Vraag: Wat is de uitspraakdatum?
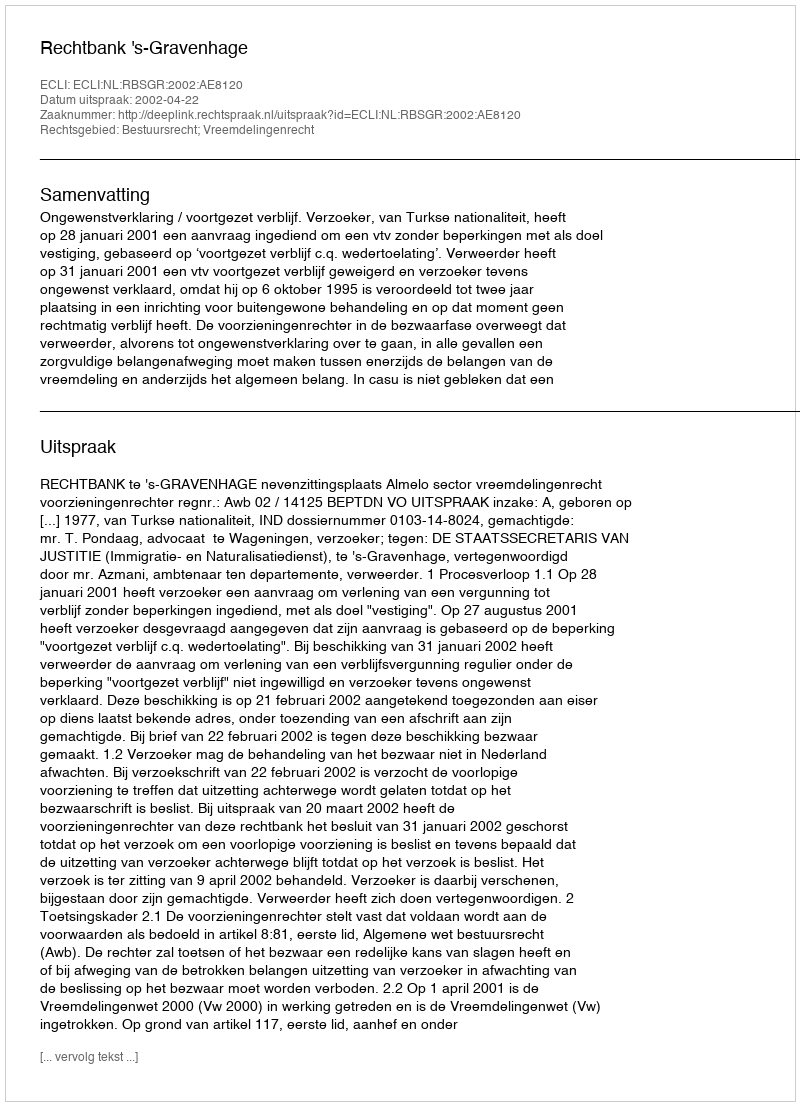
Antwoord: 2002-04-22